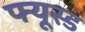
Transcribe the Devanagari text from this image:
फ्यूस्ड